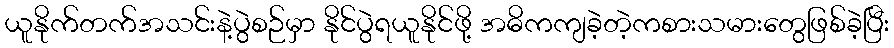
ယူနိုက်တက်အသင်းနဲ့ပွဲစဉ်မှာ နိုင်ပွဲရယူနိုင်ဖို့ အဓိကကျခဲ့တဲ့ကစားသမားတွေဖြစ်ခဲ့ပြီး